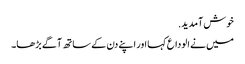
خوش آمدید.
میں نے الوداع کہا اور اپنے دن کے ساتھ آگے بڑھا۔